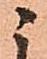
ニ